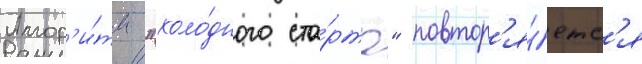
Алгор'и́тм "холо́дного ста́рта" повтор'я́етс'я